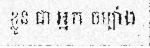
ខ្លួន ជា អ្នក ចម្បាំង